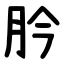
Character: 肣